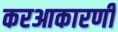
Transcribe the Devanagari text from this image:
करआकारणी